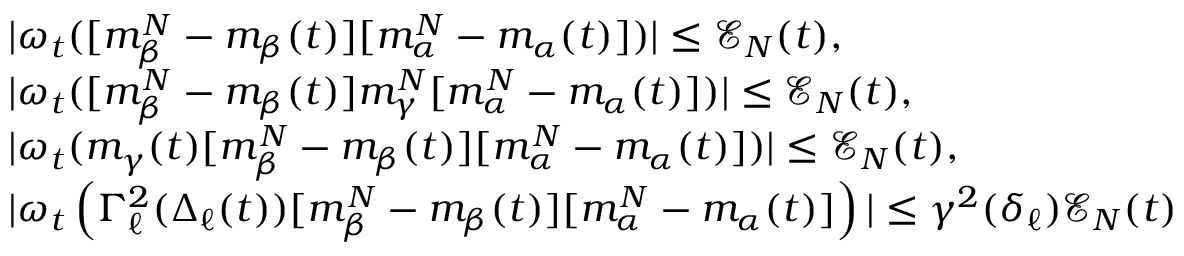
\begin{array} { r l } & { | \omega _ { t } ( [ m _ { \beta } ^ { N } - m _ { \beta } ( t ) ] [ m _ { \alpha } ^ { N } - m _ { \alpha } ( t ) ] ) | \le \mathcal { E } _ { N } ( t ) , } \\ & { | \omega _ { t } ( [ m _ { \beta } ^ { N } - m _ { \beta } ( t ) ] m _ { \gamma } ^ { N } [ m _ { \alpha } ^ { N } - m _ { \alpha } ( t ) ] ) | \le \mathcal { E } _ { N } ( t ) , } \\ & { | \omega _ { t } ( m _ { \gamma } ( t ) [ m _ { \beta } ^ { N } - m _ { \beta } ( t ) ] [ m _ { \alpha } ^ { N } - m _ { \alpha } ( t ) ] ) | \le \mathcal { E } _ { N } ( t ) , } \\ & { | \omega _ { t } \left( \Gamma _ { \ell } ^ { 2 } ( \Delta _ { \ell } ( t ) ) [ m _ { \beta } ^ { N } - m _ { \beta } ( t ) ] [ m _ { \alpha } ^ { N } - m _ { \alpha } ( t ) ] \right) | \le \gamma ^ { 2 } ( \delta _ { \ell } ) \mathcal { E } _ { N } ( t ) } \end{array}